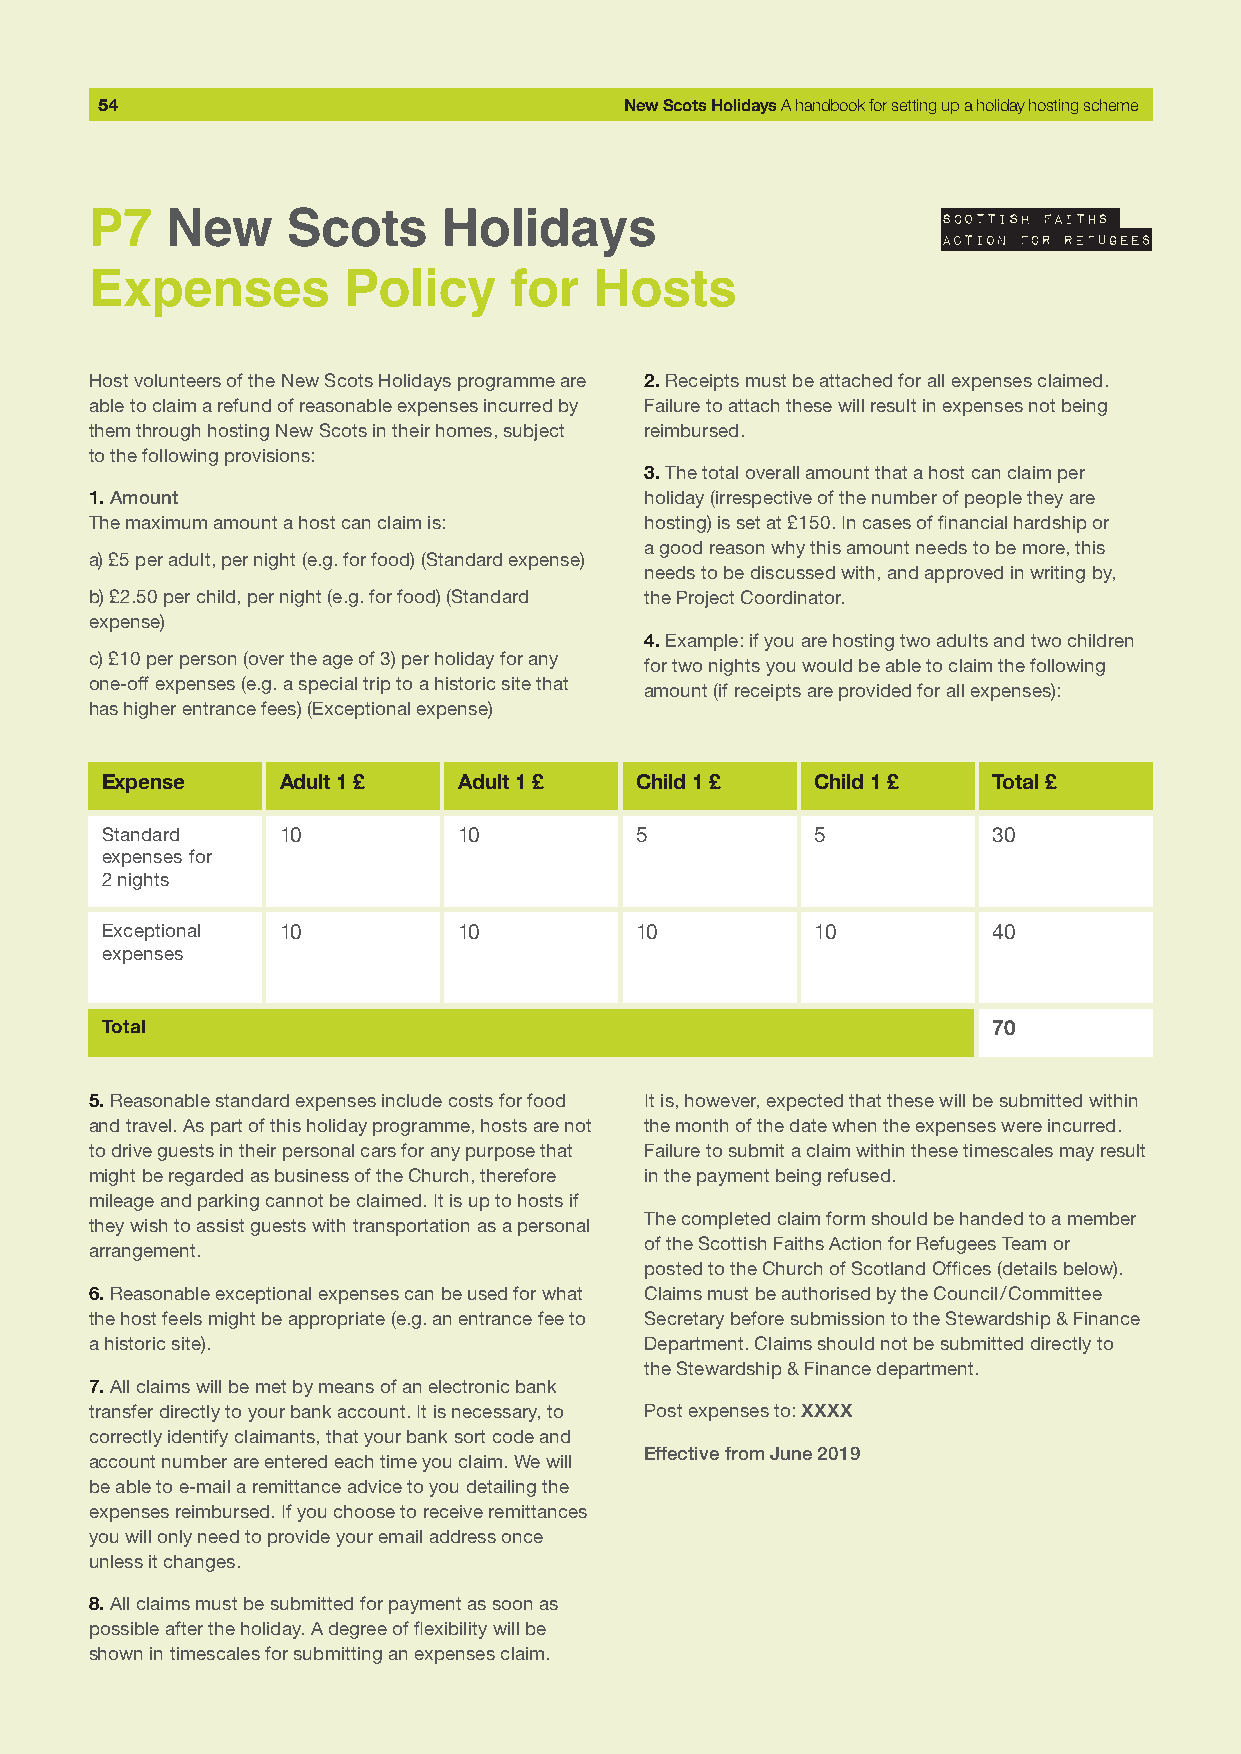
54                                 New Scots Holidays A handbook for setting up a holiday hosting scheme
 P7   New     Scots     Holidays
 Expenses         Policy     for  Hosts
 Host volunteers of the New Scots Holidays programme are 2. Receipts must be attached for all expenses claimed.
 able to claim a refund of reasonable expenses incurred by Failure to attach these will result in expenses not being
 them through hosting New Scots in their homes, subject reimbursed.
 to the following provisions:
 3. The total overall amount that a host can claim per
 1. Amount                            holiday (irrespective of the number of people they are
 The maximum amount a host can claim is: hosting) is set at £150. In cases of financial hardship or
 a good reason why this amount needs to be more, this
 a) £5 per adult, per night (e.g. for food) (Standard expense)
 needs to be discussed with, and approved in writing by,
 b) £2.50 per child, per night (e.g. for food) (Standard the Project Coordinator.
 expense)
 4. Example: if you are hosting two adults and two children
 c) £10 per person (over the age of 3) per holiday for any
 for two nights you would be able to claim the following
 one-off expenses (e.g. a special trip to a historic site that
 amount (if receipts are provided for all expenses):
 has higher entrance fees) (Exceptional expense)
 Expense     Adult 1 £  Adult 1 £   Child 1 £   Child 1 £   Total £
 Standard    10         10          5           5           30
 expenses for
 2 nights
 Exceptional 10         10          10          10          40
 expenses
 Total                                                      70
 5. Reasonable standard expenses include costs for food It is, however, expected that these will be submitted within
 and travel. As part of this holiday programme, hosts are not the month of the date when the expenses were incurred.
 to drive guests in their personal cars for any purpose that Failure to submit a claim within these timescales may result
 might be regarded as business of the Church, therefore in the payment being refused.
 mileage and parking cannot be claimed. It is up to hosts if
 The completed claim form should be handed to a member
 they wish to assist guests with transportation as a personal
 of the Scottish Faiths Action for Refugees Team or
 arrangement.
 posted to the Church of Scotland Offices (details below).
 6. Reasonable exceptional expenses can be used for what Claims must be authorised by the Council/Committee
 the host feels might be appropriate (e.g. an entrance fee to Secretary before submission to the Stewardship & Finance
 a historic site).                    Department. Claims should not be submitted directly to
 the Stewardship & Finance department.
 7. All claims will be met by means of an electronic bank
 transfer directly to your bank account. It is necessary, to Post expenses to: XXXX
 correctly identify claimants, that your bank sort code and
 Effective from June 2019
 account number are entered each time you claim. We will
 be able to e-mail a remittance advice to you detailing the
 expenses reimbursed. If you choose to receive remittances
 you will only need to provide your email address once
 unless it changes.
 8. All claims must be submitted for payment as soon as
 possible after the holiday. A degree of flexibility will be
 shown in timescales for submitting an expenses claim.